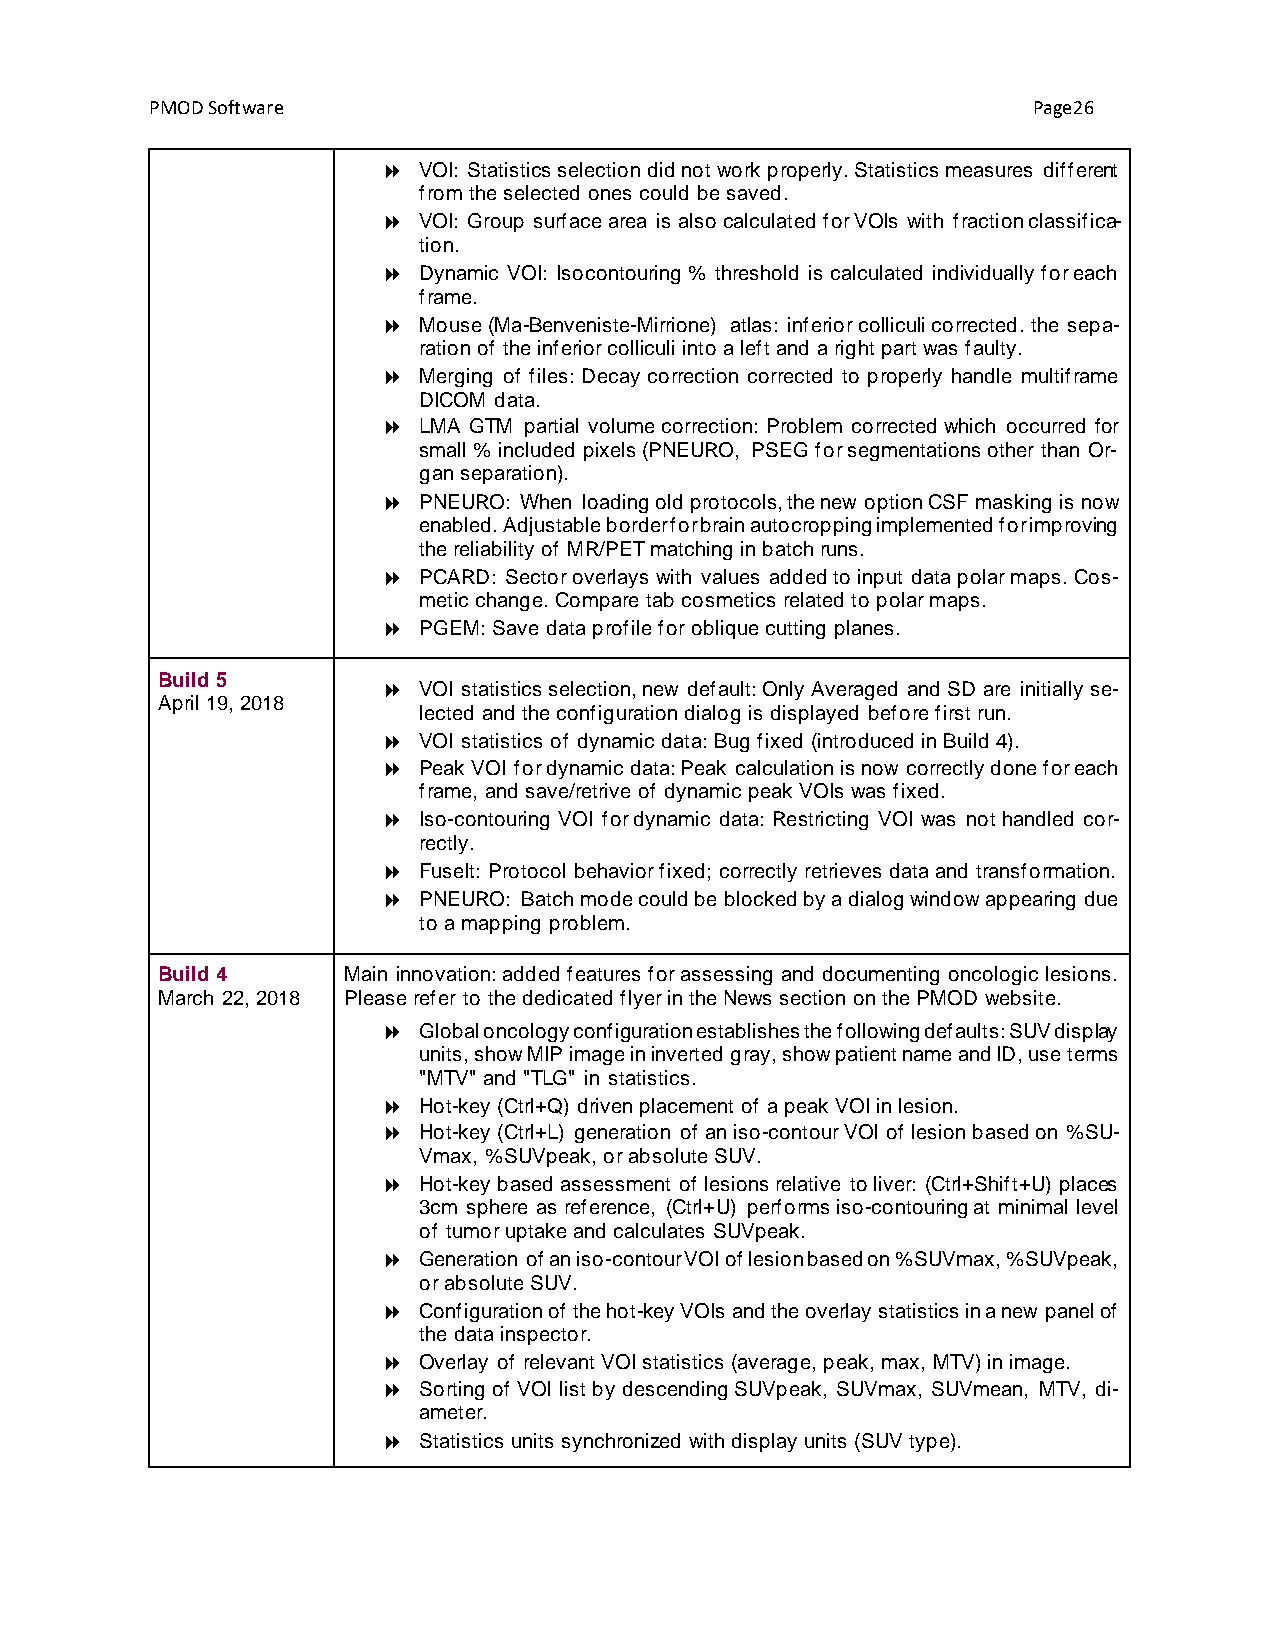
PMOD Software                                             Page26
   VOI: Statistics selection did not work properly. Statistics measures different
 from the selected ones could be saved.
   VOI: Group surface area is also calculated for VOIs with fraction classifica-
 tion.
   Dynamic VOI: Isocontouring % threshold is calculated individually for each
 frame.
   Mouse (Ma-Benveniste-Mirrione) atlas: inferior colliculi corrected. the sepa-
 ration of the inferior colliculi into a left and a right part was faulty.
   Merging of files: Decay correction corrected to properly handle multiframe
 DICOM data.
   LMA GTM partial volume correction: Problem corrected which occurred for
 small % included pixels (PNEURO, PSEG for segmentations other than Or-
 gan separation).
   PNEURO: When loading old protocols, the new option CSF masking is now
 enabled. Adjustable border for brain autocropping implemented for improving
 the reliability of MR/PET matching in batch runs.
   PCARD: Sector overlays with values added to input data polar maps. Cos-
 metic change. Compare tab cosmetics related to polar maps.
   PGEM: Save data profile for oblique cutting planes.
 Build 5
   VOI statistics selection, new default: Only Averaged and SD are initially se-
 April 19, 2018
 lected and the configuration dialog is displayed before first run.
   VOI statistics of dynamic data: Bug fixed (introduced in Build 4).
   Peak VOI for dynamic data: Peak calculation is now correctly done for each
 frame, and save/retrive of dynamic peak VOIs was fixed.
   Iso-contouring VOI for dynamic data: Restricting VOI was not handled cor-
 rectly.
   FuseIt: Protocol behavior fixed; correctly retrieves data and transformation.
   PNEURO: Batch mode could be blocked by a dialog window appearing due
 to a mapping problem.
 Build 4      Main innovation: added features for assessing and documenting oncologic lesions.
 March 22, 2018 Please refer to the dedicated flyer in the News section on the PMOD website.
   Global oncology configuration establishes the following defaults: SUV display
 units, show MIP image in inverted gray, show patient name and ID, use terms
 "MTV" and "TLG" in statistics.
   Hot-key (Ctrl+Q) driven placement of a peak VOI in lesion.
   Hot-key (Ctrl+L) generation of an iso-contour VOI of lesion based on %SU-
 Vmax, %SUVpeak, or absolute SUV.
   Hot-key based assessment of lesions relative to liver: (Ctrl+Shift+U) places
 3cm sphere as reference, (Ctrl+U) performs iso-contouring at minimal level
 of tumor uptake and calculates SUVpeak.
   Generation of an iso-contour VOI of lesion based on %SUVmax, %SUVpeak,
 or absolute SUV.
   Configuration of the hot-key VOIs and the overlay statistics in a new panel of
 the data inspector.
   Overlay of relevant VOI statistics (average, peak, max, MTV) in image.
   Sorting of VOI list by descending SUVpeak, SUVmax, SUVmean, MTV, di-
 ameter.
   Statistics units synchronized with display units (SUV type).